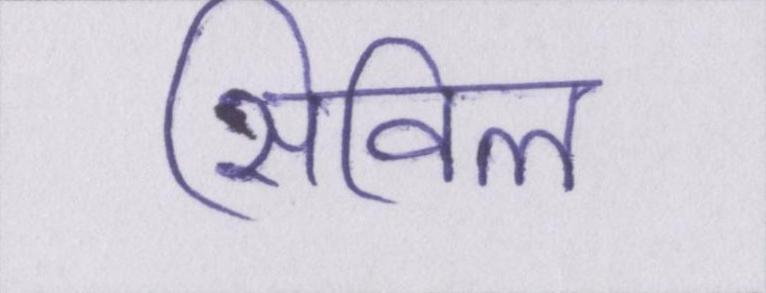
सिविल